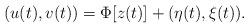
LaTeX: \begin{align*}\begin{aligned}& (u(t),v(t))= \Phi [z (t)]+ ({\eta} (t) ,{\xi} (t)) .\end{aligned}\end{align*}